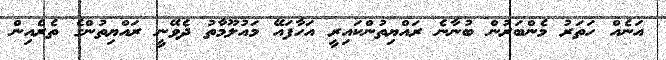
އަނެއް ހަތަރު މެންބަރުން ބުނާނެ ރައްޔިތުންކައިރީ އަހާފައޭ މައުލޫމާތު ދެވޭނީ ރައްޔިތުންގެ ތެރެއިން